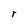
Character: r